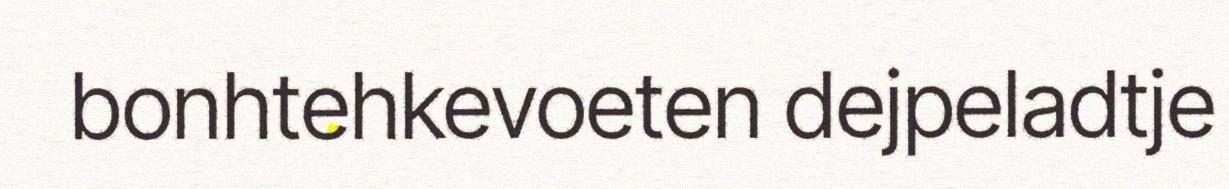
bonhtehkevoeten dejpeladtje